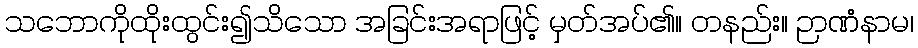
သဘောကိုထိုးထွင်း၍သိသော အခြင်းအရာဖြင့် မှတ်အပ်၏။ တနည်း။ ဉာဏံနာမ၊